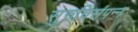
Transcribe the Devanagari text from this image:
सुरुचिसंपन्न